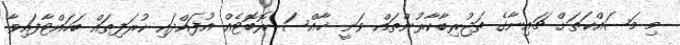
މި މަސައްކަތަށް ޗައިނާގެ ތަޖުރިބާކާރުންތައް ވަނީ ޚާއްސަ ރޮބޮޓެއް އުފައްދައި ކުރަފިތައް ބަހައްޓާފައިވާ